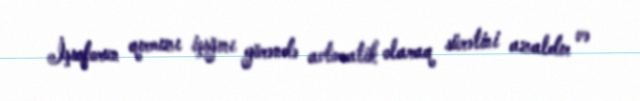
İşıqforun qırmızı işığını görəndə avtomatik olaraq sürətini azaldır və